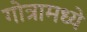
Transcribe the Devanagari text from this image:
गोत्रामध्ये